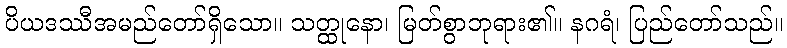
ပိယဒဿီအမည်တော်ရှိသော။ သတ္ထုနော၊ မြတ်စွာဘုရား၏။ နဂရံ၊ ပြည်တော်သည်။